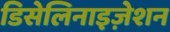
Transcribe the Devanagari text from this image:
डिसेलिनाइज़ेशन